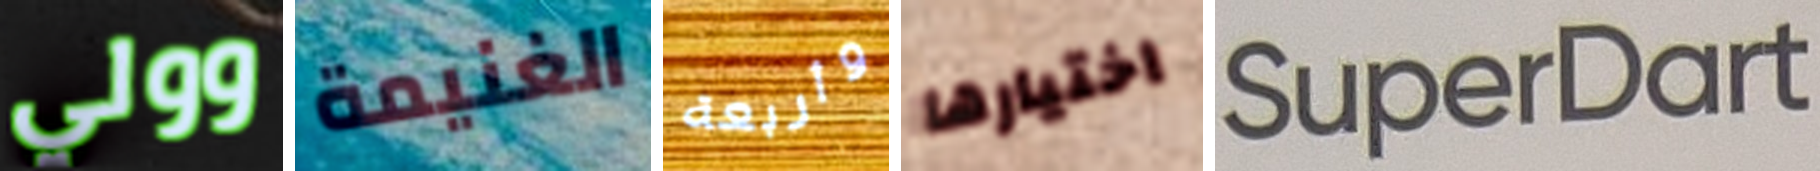
وولي الغنيمة وأربعة اختيارها SuperDart